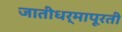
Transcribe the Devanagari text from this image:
जातीधर्मापूरती